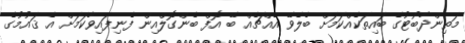
މަތިންދާބޯޓުގެ ބައިތަކެއްކަމަށް ބެލެވޭ އެއްޗެއް ބޭ އޮފް ބެންގޮލްއިން ފެނިފައިވާކަމަށް އެ ޤައުމުގެ